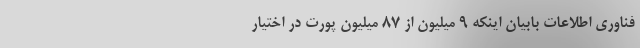
فناوری اطلاعات بابیان اینکه ۹ میلیون از ۸۷ میلیون پورت در اختیار